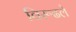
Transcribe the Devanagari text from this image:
विरूढले